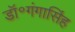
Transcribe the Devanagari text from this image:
डॉ॰गंगासिंह